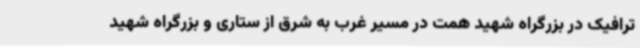
ترافیک در بزرگراه شهید همت در مسیر غرب به شرق از ستاری و بزرگراه شهید